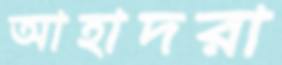
আহাদরা